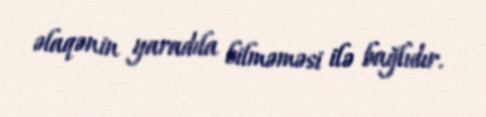
əlaqənin yaradıla bilməməsi ilə bağlıdır.